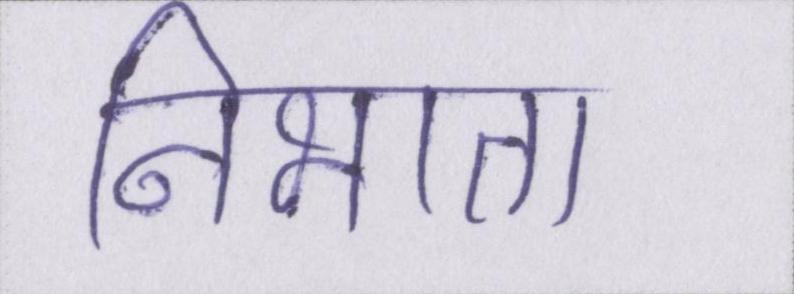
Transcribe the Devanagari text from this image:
निभाता